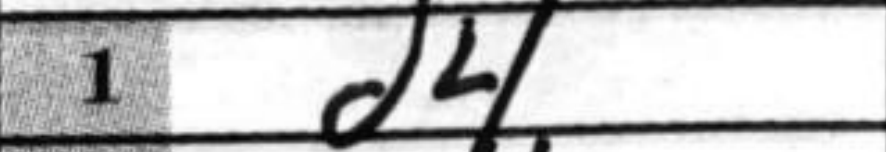
Transcription: d4